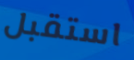
استقبل